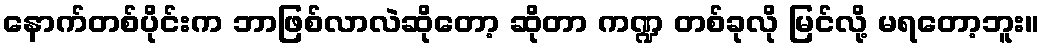
နောက်တစ်ပိုင်းက ဘာဖြစ်လာလဲဆိုတော့ ဆိုတာ ကဏ္ဍ တစ်ခုလို မြင်လို့ မရတော့ဘူး။